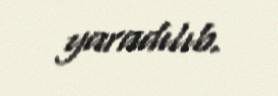
yaradılıb.